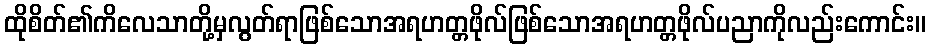
ထိုစိတ်၏ကိလေသာတို့မှလွတ်ရာဖြစ်သောအရဟတ္တဖိုလ်ဖြစ်သောအရဟတ္တဖိုလ်ပညာကိုလည်းကောင်း။